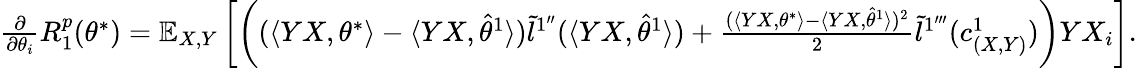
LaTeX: \begin{array}{r}{\frac{\partial}{\partial\theta_{i}}R_{1}^{p}(\theta^{*})=\mathbb{E}_{X,Y}\left[\left((\langle YX,\theta^{*}\rangle-\langle YX,\hat{\theta}^{1}\rangle)\tilde{l}^{1^{\prime\prime}}(\langle YX,\hat{\theta}^{1}\rangle)+\frac{(\langle YX,\theta^{*}\rangle-\langle YX,\hat{\theta}^{1}\rangle)^{2}}{2}\tilde{l}^{1^{\prime\prime\prime}}(c_{(X,Y)}^{1})\right)YX_{i}\right].}\end{array}